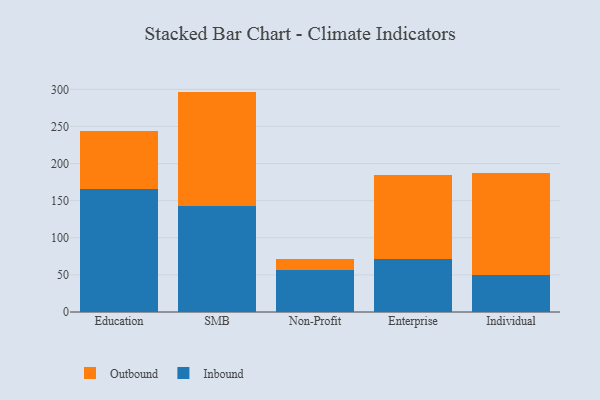
{"axis": {"x": "Segment", "y": "Shipments"}, "legend": ["Inbound", "Outbound"], "data": [{"x": "Education", "y": 166.1, "type": "Inbound"}, {"x": "Education", "y": 78.3, "type": "Outbound"}, {"x": "SMB", "y": 143.4, "type": "Inbound"}, {"x": "SMB", "y": 153.6, "type": "Outbound"}, {"x": "Non-Profit", "y": 56.5, "type": "Inbound"}, {"x": "Non-Profit", "y": 14.9, "type": "Outbound"}, {"x": "Enterprise", "y": 71.5, "type": "Inbound"}, {"x": "Enterprise", "y": 113.2, "type": "Outbound"}, {"x": "Individual", "y": 50.2, "type": "Inbound"}, {"x": "Individual", "y": 137.0, "type": "Outbound"}]}